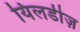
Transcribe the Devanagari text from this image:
यिलडीज़